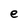
Character: e